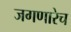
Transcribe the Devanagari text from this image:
जगणारेच